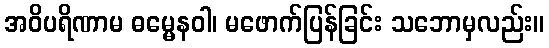
အဝိပရိဏာမ ဓမ္မေနဝါ၊ မဖောက်ပြန်ခြင်း သဘောမှလည်း။